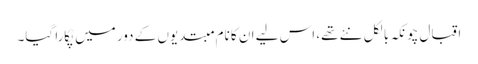
اقبال چونکہ بالکل نئے تھے، اس لیے ان کا نام مبتدیوں کے دور میں پُکارا گیا۔